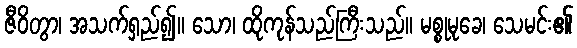
ဇီဝိတွာ၊ အသက်ရှည်၍။ သော၊ ထိုကုန်သည်ကြီးသည်။ မစ္စုမုခေ၊ သေမင်း၏